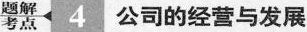
题解考点 4 公司的经营与发展